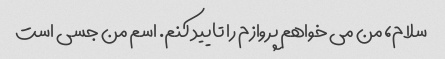
سلام، من می خواهم پروازم را تایید کنم. اسم من جسی است